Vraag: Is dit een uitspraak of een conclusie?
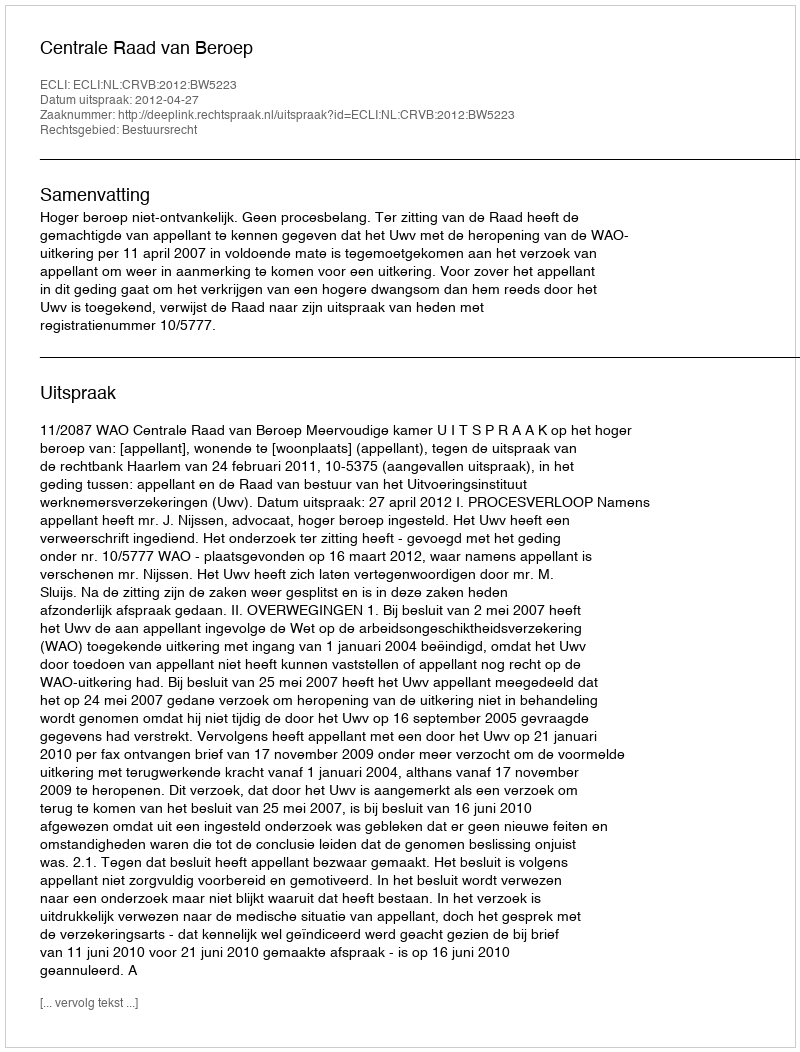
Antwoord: Uitspraak